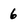
Character: 6